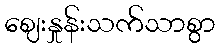
ဈေးနှုန်းသက်သာစွာ